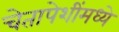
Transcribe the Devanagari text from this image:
चेतापेशींमध्ये